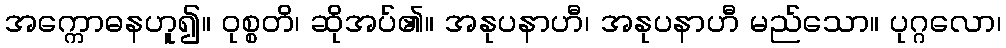
အက္ကောဓနဟူ၍။ ဝုစ္စတိ၊ ဆိုအပ်၏။ အနုပနာဟီ၊ အနုပနာဟီ မည်သော။ ပုဂ္ဂလော၊